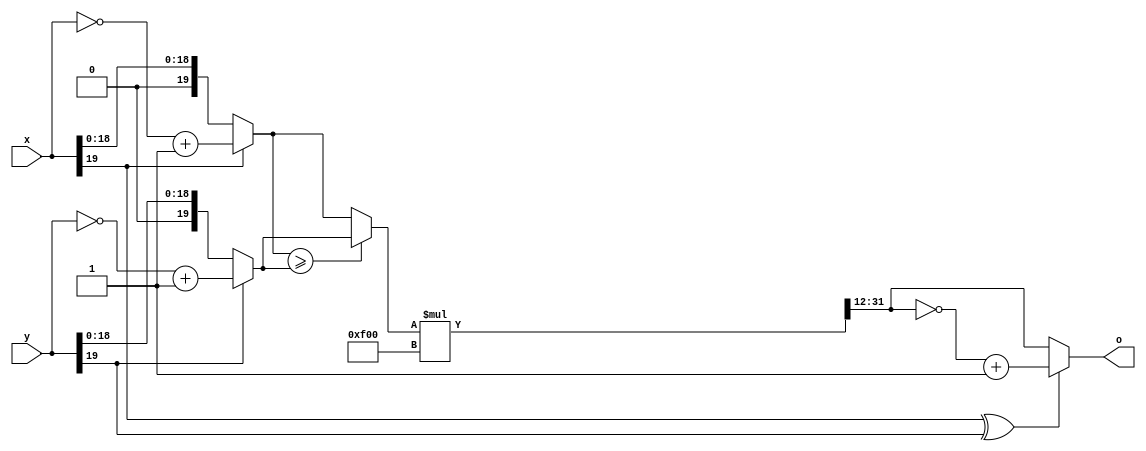
module g #(
    parameter integer SIZE = 20,
    //[1][7][12]
    parameter integer MUL = 20'h00f00
)(
    input  [SIZE - 1:0] x,
    input  [SIZE - 1:0] y,
    output [SIZE - 1:0] o
);
    wire x_s = x[SIZE-1];
    wire y_s = y[SIZE-1];
    wire [SIZE - 1:0] x_n = (x_s)?(~x + 1):(x);
    wire [SIZE - 1:0] y_n = (y_s)?(~y + 1):(y);

    wire [SIZE * 2 - 1:0] min = (x_n >= y_n)?{20'd0, y_n}:{20'd0, x_n};

    wire [SIZE * 2 - 1:0] muled = min * MUL;

    wire [SIZE - 1:0] pre_o = muled[31:12];

    assign o = (x_s ^ y_s)?(~pre_o + 1):(pre_o);
endmodule